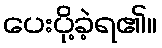
ပေးပို့ခဲ့ရ၏။